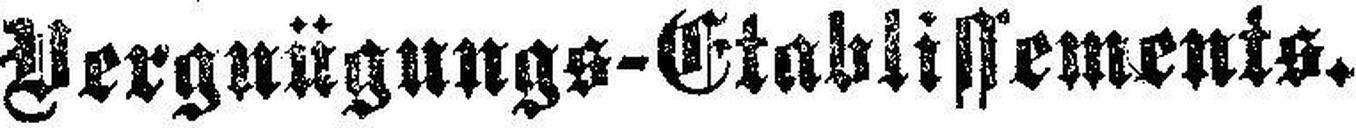
Vergnügung-Etablissements.